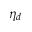
\eta _ { d }